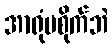
အာရုံမစိုက်ဘဲ